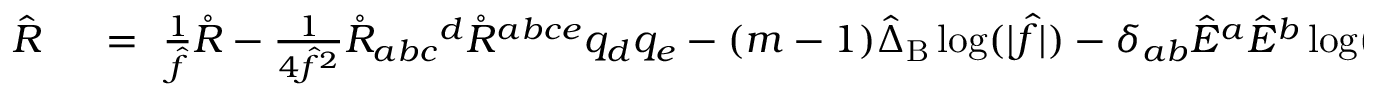
\begin{array} { r l } { \hat { R } \ } & { { } = \ \frac { 1 } { \hat { f } } \mathring { R } - \frac { 1 } { 4 \hat { f } ^ { 2 } } \mathring { R } _ { a b c } { } ^ { d } \mathring { R } ^ { a b c e } q _ { d } q _ { e } - ( m - 1 ) \hat { \Delta } _ { \mathrm { B } } \log ( | \hat { f } | ) - \delta _ { a b } \hat { E } ^ { a } \hat { E } ^ { b } \log ( | \hat { f } | ) } \end{array}